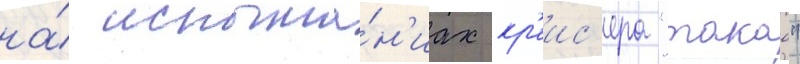
на́ испыта́н'иах кр'еис'ера "такао"